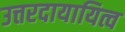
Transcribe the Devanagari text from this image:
उत्तरदायायित्व